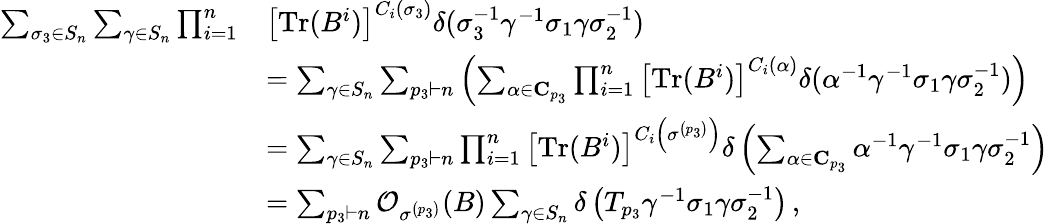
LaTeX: \begin{array}{rl}{\sum_{\sigma_{3}\in S_{n}}\sum_{\gamma\in S_{n}}\prod_{i=1}^{n}}&{\left[\mathrm{Tr}(B^{i})\right]^{C_{i}(\sigma_{3})}\delta(\sigma_{3}^{-1}\gamma^{-1}\sigma_{1}\gamma\sigma_{2}^{-1})}\\ &{=\sum_{\gamma\in S_{n}}\sum_{p_{3}\vdash n}\left(\sum_{\alpha\in\mathbf{C}_{p_{3}}}\prod_{i=1}^{n}\left[\mathrm{Tr}(B^{i})\right]^{C_{i}(\alpha)}\delta(\alpha^{-1}\gamma^{-1}\sigma_{1}\gamma\sigma_{2}^{-1})\right)}\\ &{=\sum_{\gamma\in S_{n}}\sum_{p_{3}\vdash n}\prod_{i=1}^{n}\left[\mathrm{Tr}(B^{i})\right]^{C_{i}\left(\sigma^{\left(p_{3}\right)}\right)}\delta\left(\sum_{\alpha\in\mathbf{C}_{p_{3}}}\alpha^{-1}\gamma^{-1}\sigma_{1}\gamma\sigma_{2}^{-1}\right)}\\ &{=\sum_{p_{3}\vdash n}\mathcal{O}_{\sigma^{\left(p_{3}\right)}}(B)\sum_{\gamma\in S_{n}}\delta\left(T_{p_{3}}\gamma^{-1}\sigma_{1}\gamma\sigma_{2}^{-1}\right)\, ,}\end{array}